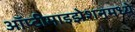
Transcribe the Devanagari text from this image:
ऑप्टीमाइझेशनमध्ये